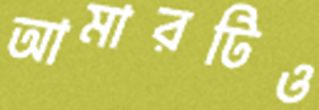
আমারটিও